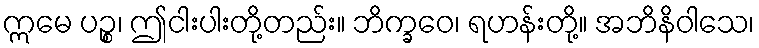
ဣမေ ပဉ္စ၊ ဤငါးပါးတို့တည်း။ ဘိက္ခဝေ၊ ရဟန်းတို့။ အဘိနိဝါသေ၊